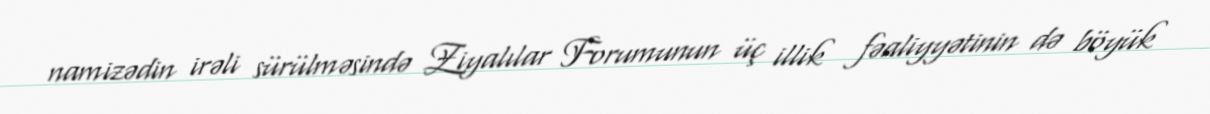
namizədin irəli sürülməsində Ziyalılar Forumunun üç illik fəaliyyətinin də böyük